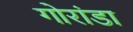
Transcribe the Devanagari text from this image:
गोरांडा